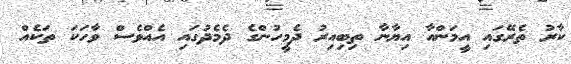
ކާރު ތެރޭގައި އީމަންއާ އިޔާނާ ތިބިއިރު ދެމީހުންގެ ދެމެދުގައި އެއްވެސް ވާހަކަ ތަކެއް